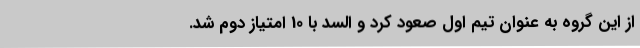
از این گروه به عنوان تیم اول صعود کرد و السد با 10 امتیاز دوم شد.